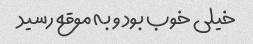
خیلی خوب بود و به موقع رسید